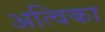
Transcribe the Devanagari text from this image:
अत्विका